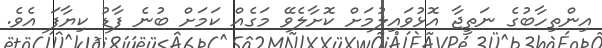
އިންތިހާބުގެ ނަތީޖާ އޮޅުވައިލުމަށް ކޮށާލެވޭ މަގެއް ކަމަށް ބުނެ ފާޑު ކިޔާފަ އެވެ.